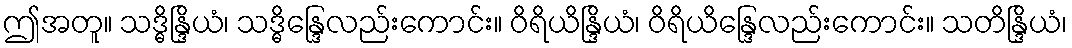
ဤအတူ။ သဒ္ဓိန္ဒြိယံ၊ သဒ္ဓိန္ဒြေလည်းကောင်း။ ဝိရိယိန္ဒြိယံ၊ ဝိရိယိန္ဒြေလည်းကောင်း။ သတိန္ဒြိယံ၊